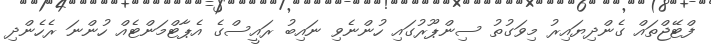
ފްޓޭޖްތައް ގެންދިޔައިރު މިވަގުތު ސިންޕޫރުގައި ހުންނެވި ނައިބު ރައީސްގެ އެޕާޓްމަންޓެއް ހުންނަ ރެހެންދި